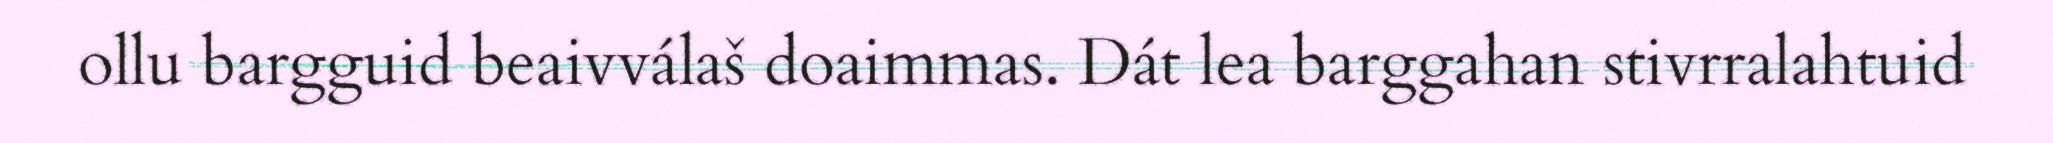
ollu bargguid beaivválaš doaimmas. Dát lea barggahan stivrralahtuid